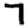
Digit: 7